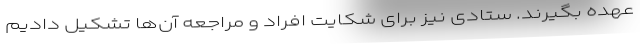
عهده بگیرند. ستادی نیز برای شکایت افراد و مراجعه آن‌ها تشکیل دادیم